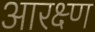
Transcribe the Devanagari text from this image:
आरक्ष्ण